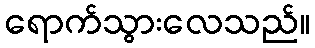
ရောက်သွားလေသည်။